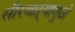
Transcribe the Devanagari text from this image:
सौरवाऱ्यामुळे